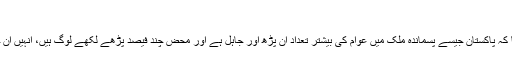
"
اشفاق صاحب نے ترجمان کے ذریعے ماؤ کو بتایا کہ پاکستان جیسے پسماندہ ملک میں عوام کی بیشتر تعداد ان پڑھ اور جاہل ہے اور محض چند فیصد پڑھے لکھے لوگ ہیں، انہیں ان جاہلوں سے بات کرنے میں بہت دقت پیش آتی ہے۔